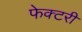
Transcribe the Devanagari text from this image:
फेक्टरी